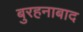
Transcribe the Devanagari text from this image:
बुरहनाबाद